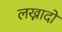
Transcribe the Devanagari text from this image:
लख्नादों